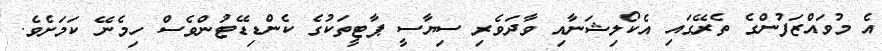
އެ މުވައްޒަފުންގެ ތެރޭގައި އެކޯލިޝަނާއި ވާދަވެރި ސިޔާސީ ޕާޓީތަކުގެ ކެންޑިޑޭޓުންވެސް ހިމެނޭ ކަމަށެވެ.